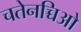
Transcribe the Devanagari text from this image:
चतेनच्चिओ